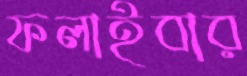
ফলাইবার